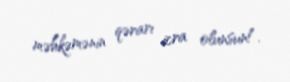
məhkəmənin qərarı icra olunsun!.